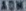
135